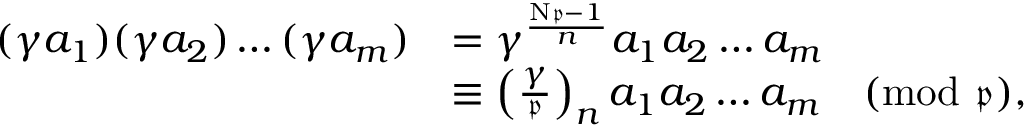
{ \begin{array} { r l } { ( \gamma a _ { 1 } ) ( \gamma a _ { 2 } ) \dots ( \gamma a _ { m } ) } & { = \gamma ^ { \frac { \mathrm { N } { \mathfrak { p } } - 1 } { n } } a _ { 1 } a _ { 2 } \dots a _ { m } } \\ & { \equiv \left( { \frac { \gamma } { \mathfrak { p } } } \right) _ { n } a _ { 1 } a _ { 2 } \dots a _ { m } { \pmod { \mathfrak { p } } } , } \end{array} }